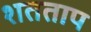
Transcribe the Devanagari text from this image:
शतताप